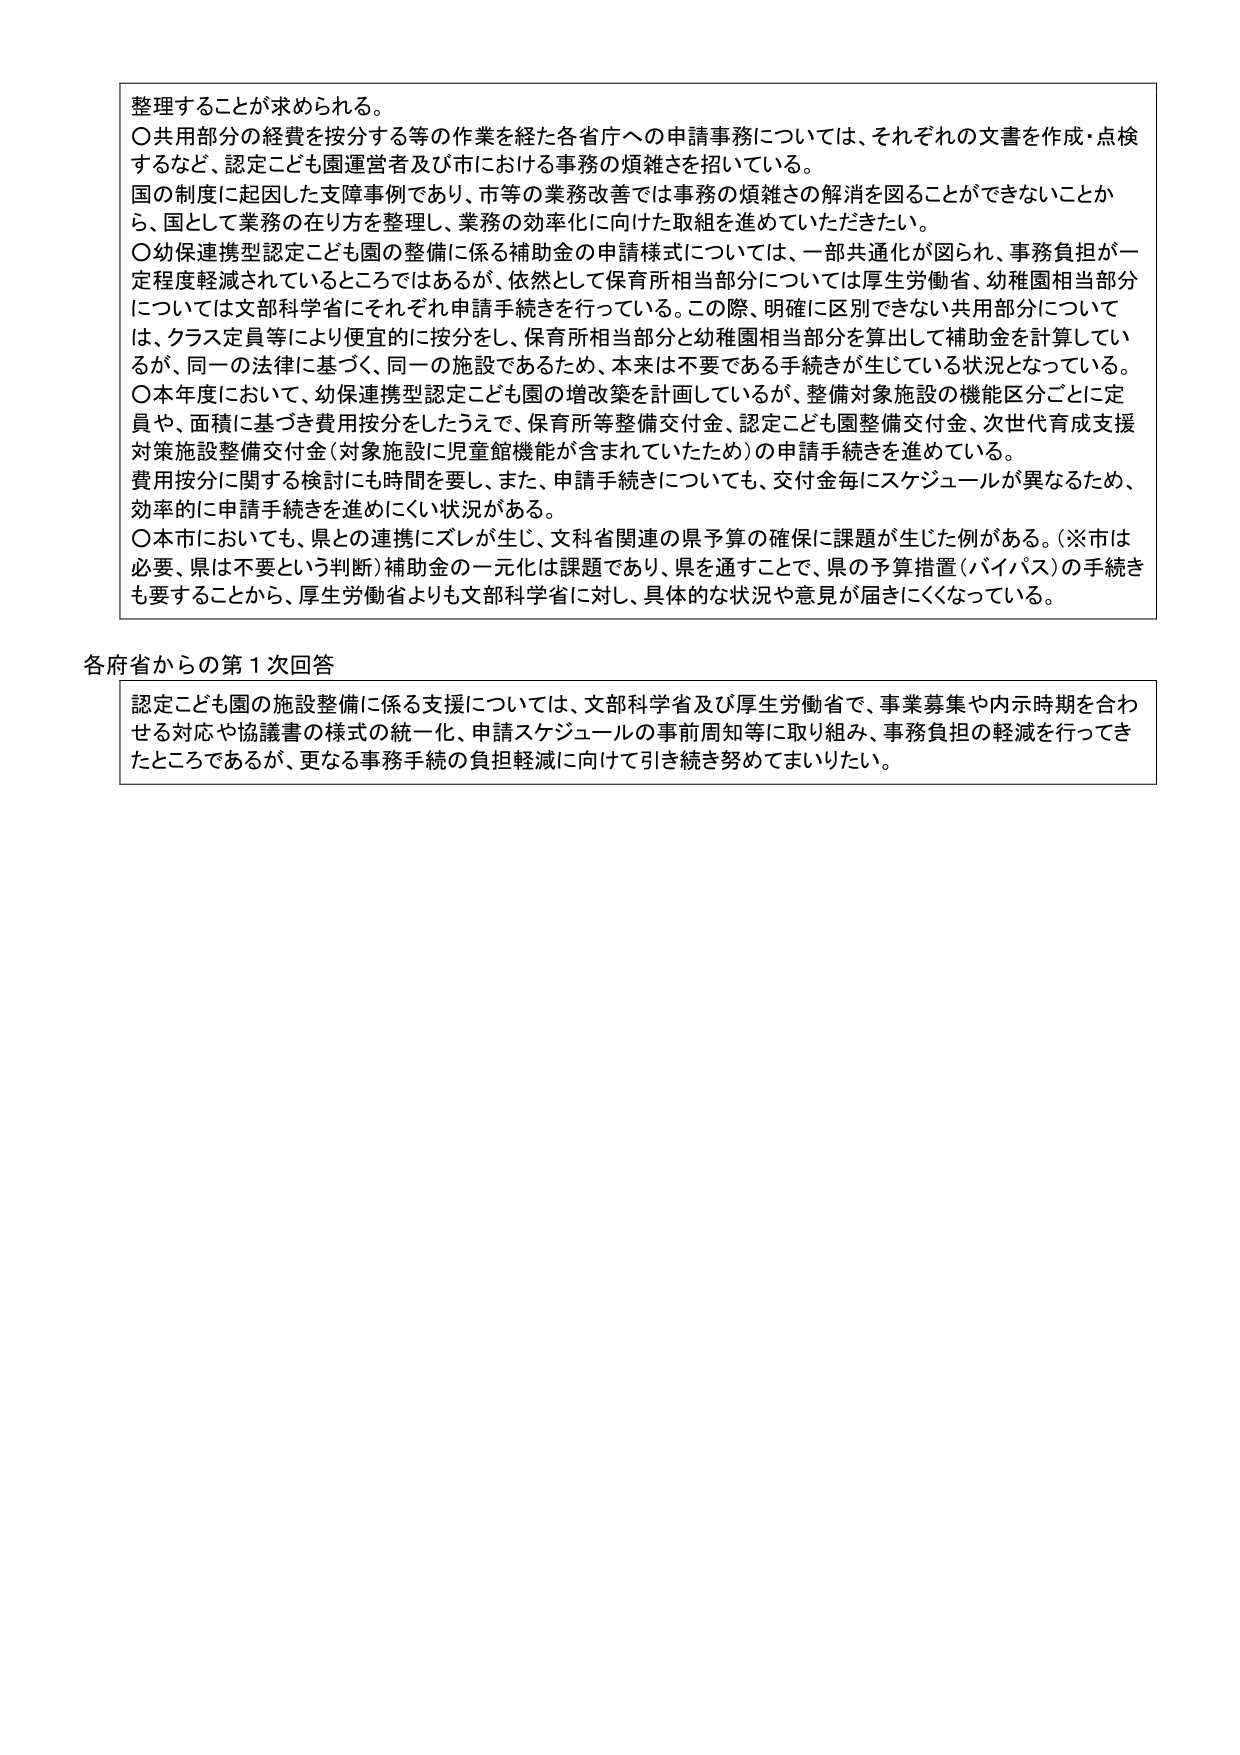
整理することが求められる。
〇共用部分の経費を按分する等の作業を経た各省庁への申請事務については、それぞれの文書を作成・点検するなど、認定こども園運営者及び市における事務の煩雑さを招いている。
国の制度に起因した支障事例であり、市等の業務改善では事務の煩雑さの解消を図ることができないことから、国として業務の在り方を整理し、業務の効率化に向けた取組を進めていただきたい。
〇幼保連携型認定こども園の整備に係る補助金の申請様式については、一部共通化が図られ、事務負担が一定程度軽減されているところではあるが、依然として保育所相当部分については厚生労働省、幼稚園相当部分については文部科学省にそれぞれ申請手続きを行っている。この際、明確に区別できない共用部分については、クラス定員等により便宜的に按分をし、保育所相当部分と幼稚園相当部分を算出して補助金を計算しているが、同一の法律に基づく、同一の施設であるため、本来は不要である手続きが生じている状況となっている。
〇本年度において、幼保連携型認定こども園の増改築を計画しているが、整備対象施設の機能区分ごとに定員や、面積に基づき費用按分をしたうえで、保育所等整備交付金、認定こども園整備交付金、次世代育成支援対策施設整備交付金（対象施設に児童館機能が含まれていたため）の申請手続きを進めている。
費用按分に関する検討にも時間を要し、また、申請手続きについても、交付金毎にスケジュールが異なるため、効率的に申請手続きを進めにくい状況がある。
〇本市においても、県との連携にズレが生じ、文科省関連の県予算の確保に課題が生じた例がある。（※市は必要、県は不要という判断）補助金の一元化は課題であり、県を通すことで、県の予算措置（バイパス）の手続きも要することから、厚生労働省よりも文部科学省に対し、具体的な状況や意見が届きにくくなっている。

各府省からの第１次回答
認定こども園の施設整備に係る支援については、文部科学省及び厚生労働省で、事業募集や内示時期を合わせる対応や協議書の様式の統一化、申請スケジュールの事前周知等に取り組み、事務負担の軽減を行ってきたところであるが、更なる事務手続の負担軽減に向けて引き続き努めてまいりたい。